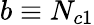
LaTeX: b\equiv N_{c1}